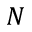
N